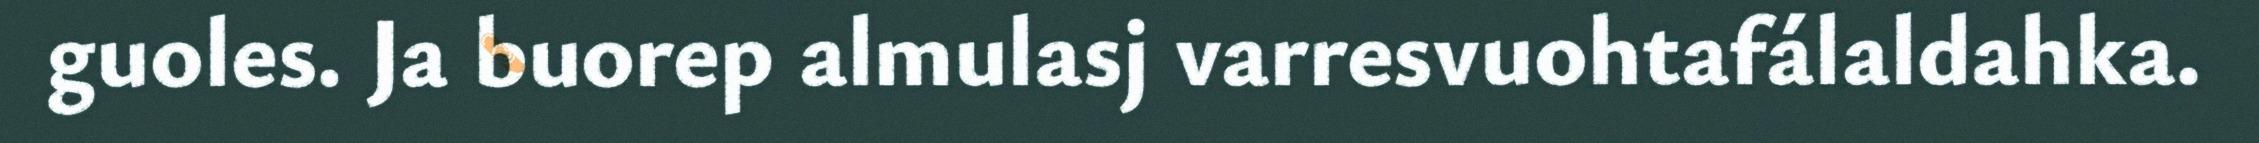
guoles. Ja buorep almulasj varresvuohtafálaldahka.